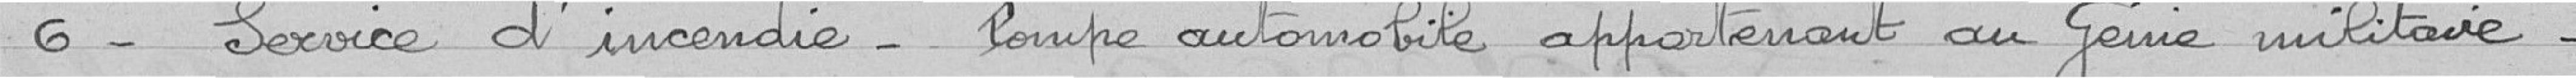
6- Service d'incendie - pompe automobile appartenant au génie militaire